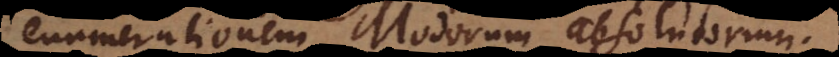
enumerationem Modorum absolutorum.